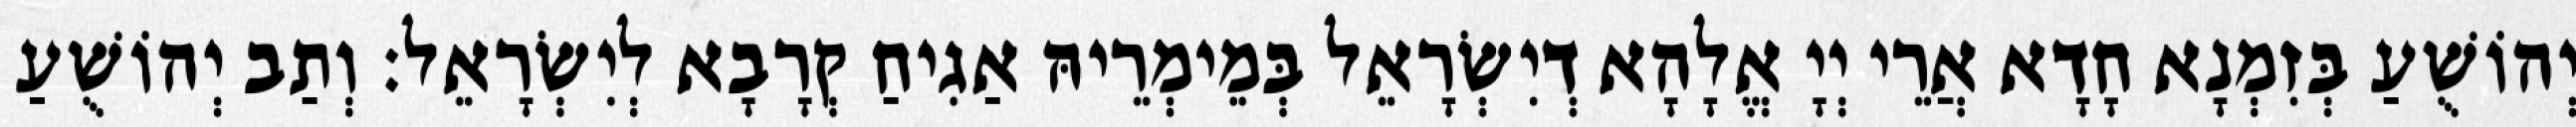
יְהוֹשֻׁעַ בְּזִמְנָא חָדָא אֲרֵי יְיָ אֱלָהָא דְיִשְׂרָאֵל בְּמֵימְרֵיהּ אַגִיחַ קְרָבָא לְיִשְׂרָאֵל׃ וְתַב יְהוֹשֻׁעַ